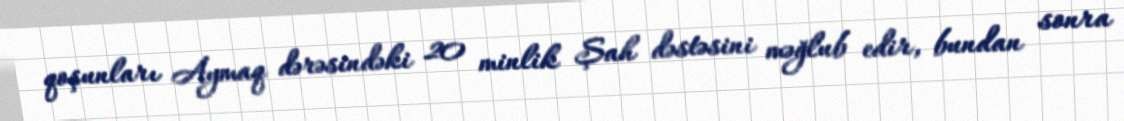
qoşunları Aymaq dərəsindəki 20 minlik Şah dəstəsini məğlub edir, bundan sonra